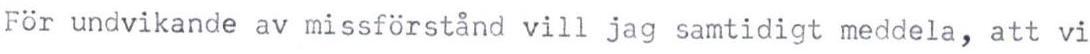
För undvikande av missförstånd vill jag samtidigt meddela, att vi